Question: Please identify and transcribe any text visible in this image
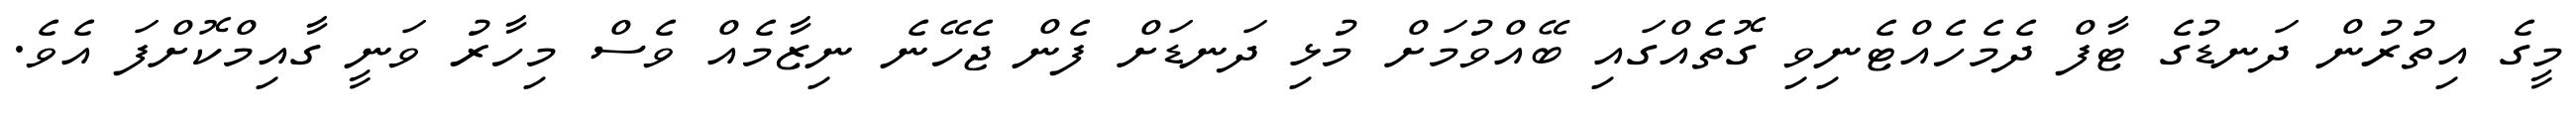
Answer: މީގެ އިތުރުން ދަނޑުގެ ޓާފް ދެމެހެއްޓެނިވި ގޮތެއްގައި ބޭއްވުމަށް މުޅި ދަނޑަށް ފެން ޖެހޭނެ ނިޒާމެއް ވެސް މިހާރު ވަނީ ގާއިމްކޮށްފަ އެވެ.